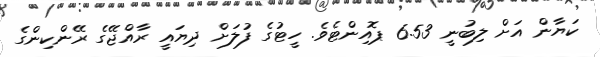
ކަޔާން އަށް ލިބުނީ 6.53 ޕޮއިންޓެވެ. ހީޓުގެ ފުލަށް ދިޔައީ ރާއްޖޭގެ ރޭންކިންގެ